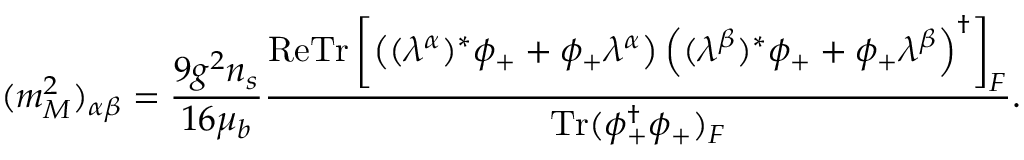
( m _ { M } ^ { 2 } ) _ { \alpha \beta } = \frac { 9 g ^ { 2 } n _ { s } } { 1 6 \mu _ { b } } \frac { \mathrm { R e } \mathrm { T r } \left[ \left( ( \lambda ^ { \alpha } ) ^ { * } \phi _ { + } + \phi _ { + } \lambda ^ { \alpha } \right) \left( ( \lambda ^ { \beta } ) ^ { * } \phi _ { + } + \phi _ { + } \lambda ^ { \beta } \right) ^ { \dagger } \right] _ { F } } { \mathrm { T r } ( \phi _ { + } ^ { \dagger } \phi _ { + } ) _ { F } } .